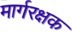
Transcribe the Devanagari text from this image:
मार्गरक्षक